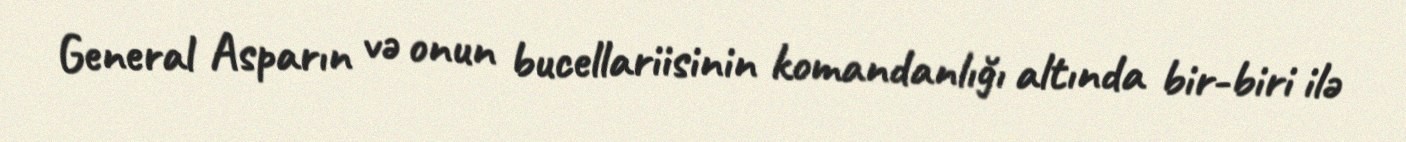
General Asparın və onun bucellariisinin komandanlığı altında bir-biri ilə